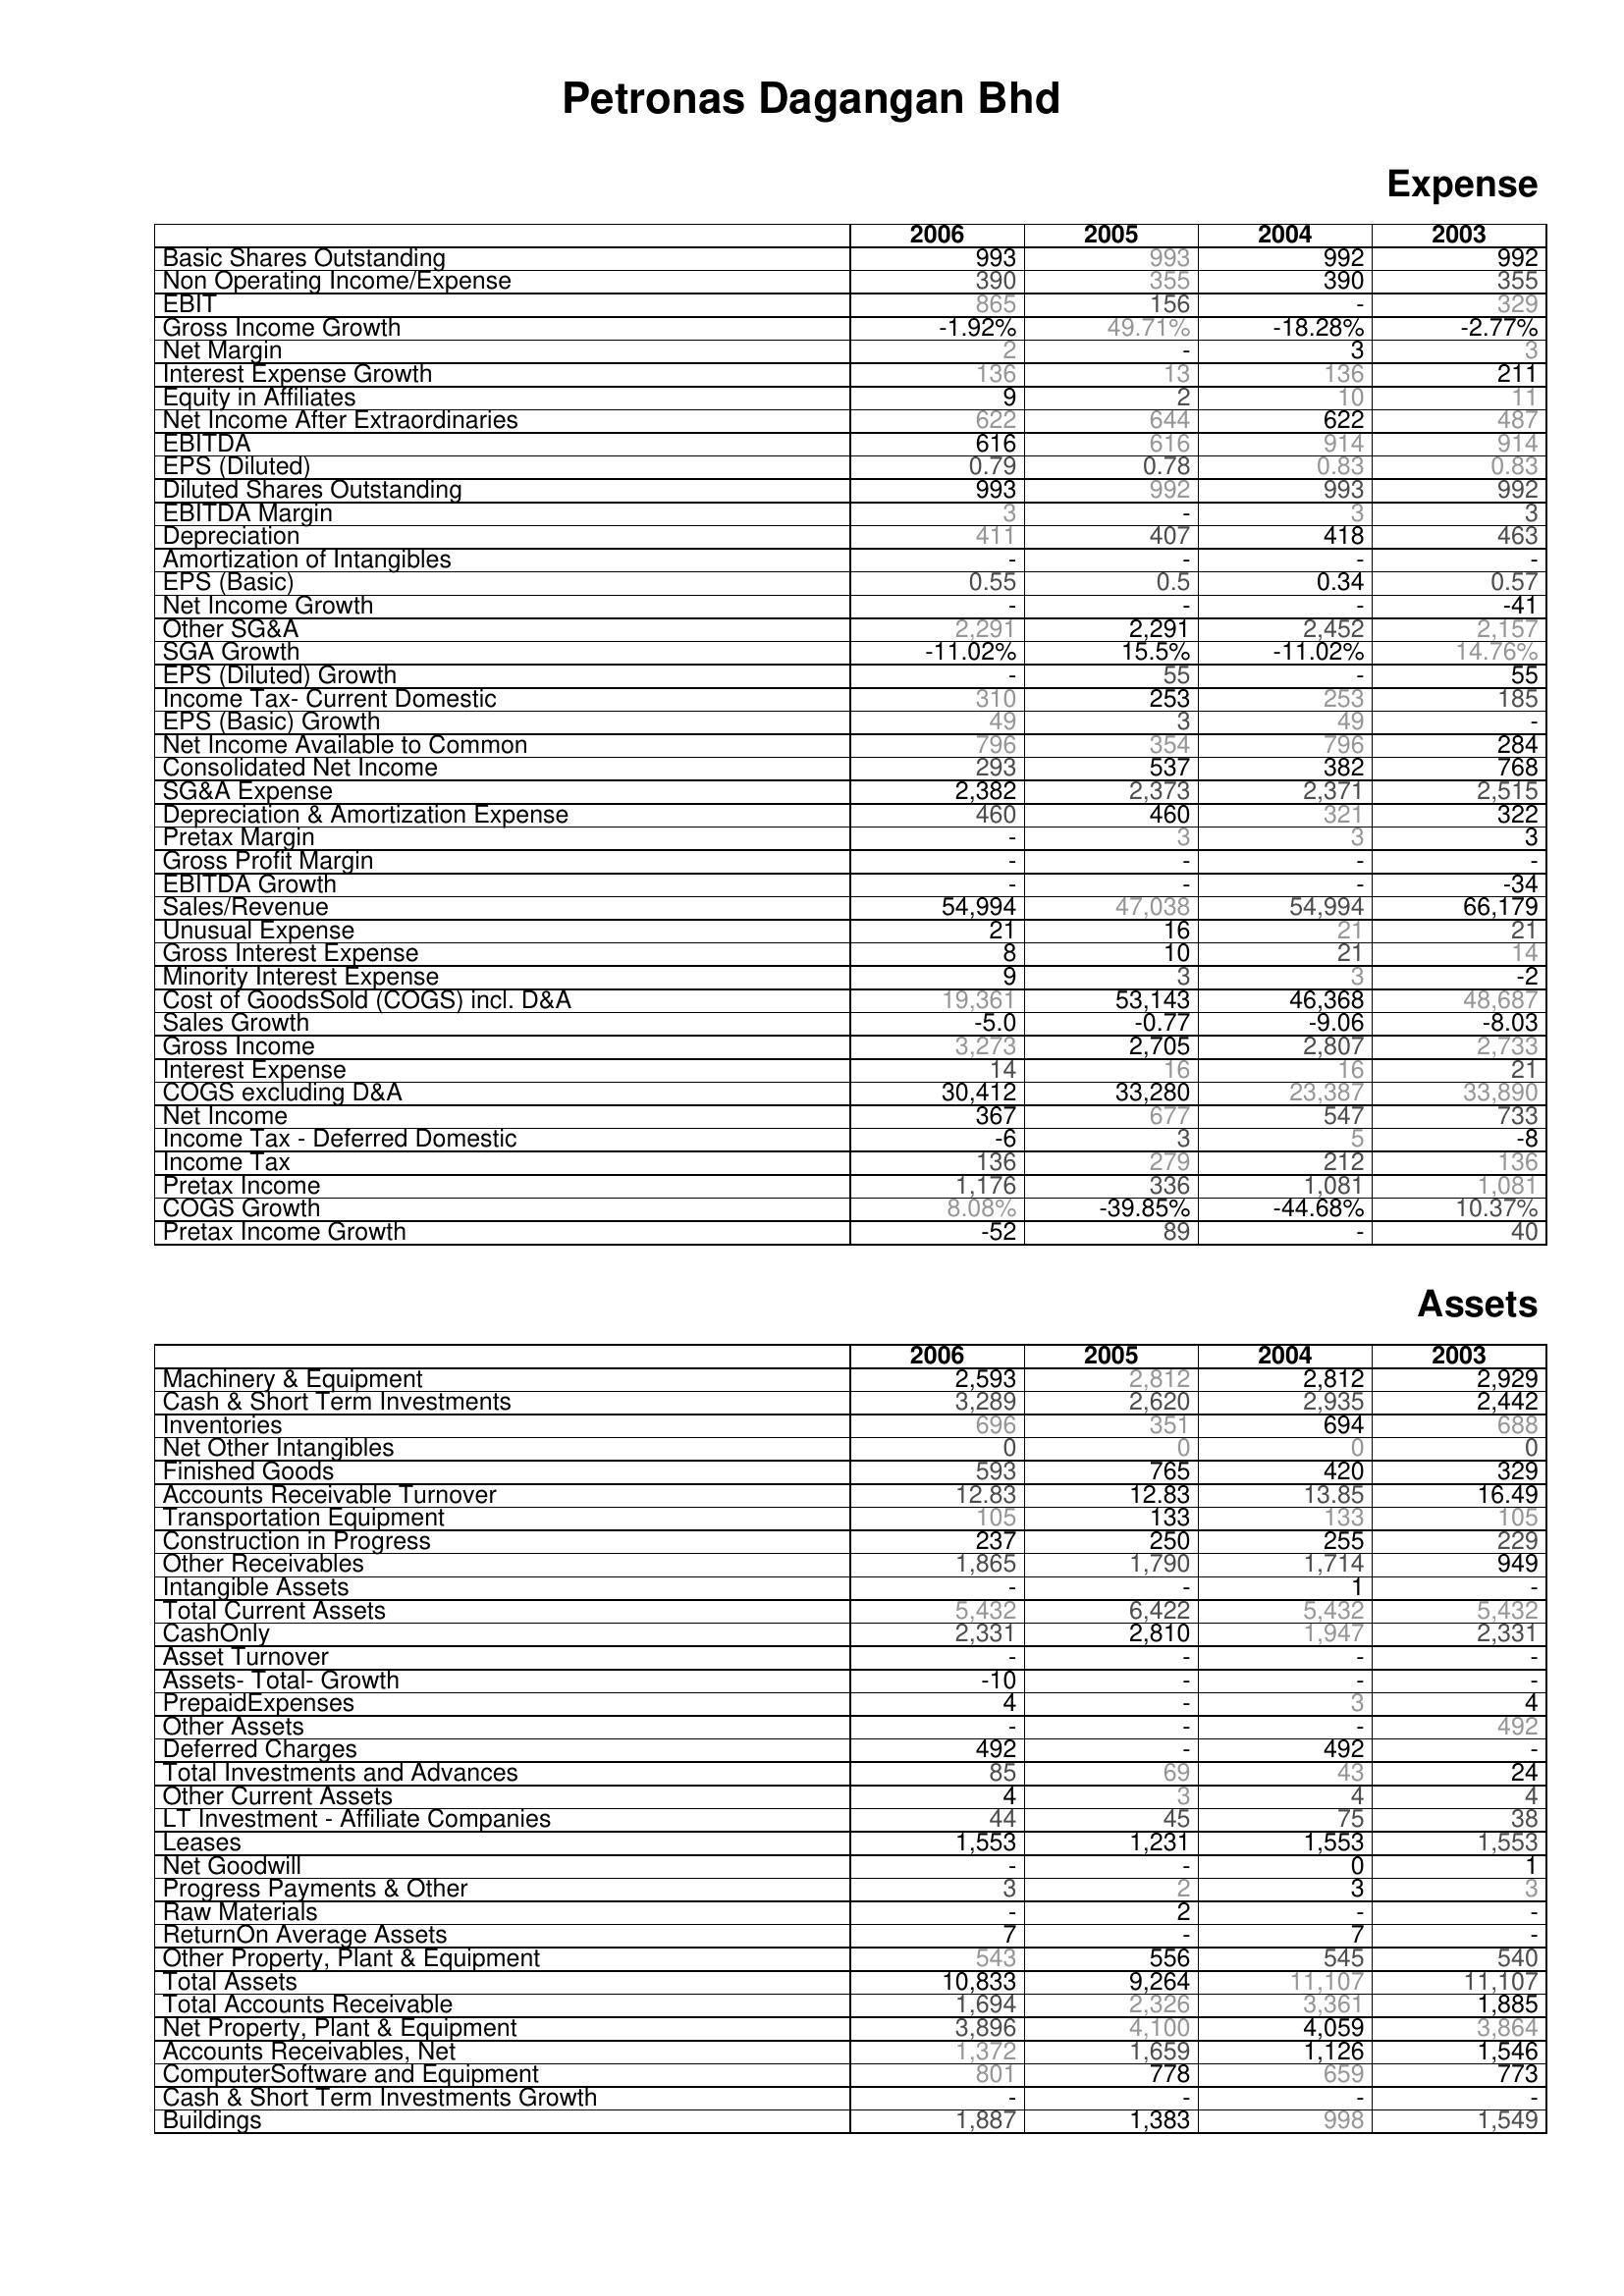
2006: Expense: Basic Shares Outstanding: 993
Non Operating Income/Expense: 390
EBIT: 865
Gross Income Growth: -1.92%
Net Margin: 2
Interest Expense Growth: 136
Equity in Affiliates: 9
Net Income After Extraordinaries: 622
EBITDA: 616
EPS (Diluted): 0.79
Diluted Shares Outstanding: 993
EBITDA Margin: 3
Depreciation: 411
Amortization of Intangibles: -
EPS (Basic): 0.55
Net Income Growth: -
Other SG&A: 2,291
SGA Growth: -11.02%
EPS (Diluted) Growth: -
Income Tax- Current Domestic: 310
EPS (Basic) Growth: 49
Net Income Available to Common: 796
Consolidated Net Income: 293
SG&A Expense: 2,382
Depreciation & Amortization Expense: 460
Pretax Margin: -
Gross Profit Margin: -
EBITDA Growth: -
Sales/Revenue: 54,994
Unusual Expense: 21
Gross Interest Expense: 8
Minority Interest Expense: 9
Cost of GoodsSold (COGS) incl. D&A: 19,361
Sales Growth: -5.0
Gross Income: 3,273
Interest Expense: 14
COGS excluding D&A: 30,412
Net Income: 367
Income Tax - Deferred Domestic: -6
Income Tax: 136
Pretax Income: 1,176
COGS Growth: 8.08%
Pretax Income Growth: -52
Assets: Machinery & Equipment: 2,593
Cash & Short Term Investments: 3,289
Inventories: 696
Net Other Intangibles: 0
Finished Goods: 593
Accounts Receivable Turnover: 12.83
Transportation Equipment: 105
Construction in Progress: 237
Other Receivables: 1,865
Intangible Assets: -
Total Current Assets: 5,432
CashOnly: 2,331
Asset Turnover: -
Assets- Total- Growth: -10
PrepaidExpenses: 4
Other Assets: -
Deferred Charges: 492
Total Investments and Advances: 85
Other Current Assets: 4
LT Investment - Affiliate Companies: 44
Leases: 1,553
Net Goodwill: -
Progress Payments & Other: 3
Raw Materials: -
ReturnOn Average Assets: 7
Other Property, Plant & Equipment: 543
Total Assets: 10,833
Total Accounts Receivable: 1,694
Net Property, Plant & Equipment: 3,896
Accounts Receivables, Net: 1,372
ComputerSoftware and Equipment: 801
Cash & Short Term Investments Growth: -
Buildings: 1,887
2005: Expense: Basic Shares Outstanding: 993
Non Operating Income/Expense: 355
EBIT: 156
Gross Income Growth: 49.71%
Net Margin: -
Interest Expense Growth: 13
Equity in Affiliates: 2
Net Income After Extraordinaries: 644
EBITDA: 616
EPS (Diluted): 0.78
Diluted Shares Outstanding: 992
EBITDA Margin: -
Depreciation: 407
Amortization of Intangibles: -
EPS (Basic): 0.5
Net Income Growth: -
Other SG&A: 2,291
SGA Growth: 15.5%
EPS (Diluted) Growth: 55
Income Tax- Current Domestic: 253
EPS (Basic) Growth: 3
Net Income Available to Common: 354
Consolidated Net Income: 537
SG&A Expense: 2,373
Depreciation & Amortization Expense: 460
Pretax Margin: 3
Gross Profit Margin: -
EBITDA Growth: -
Sales/Revenue: 47,038
Unusual Expense: 16
Gross Interest Expense: 10
Minority Interest Expense: 3
Cost of GoodsSold (COGS) incl. D&A: 53,143
Sales Growth: -0.77
Gross Income: 2,705
Interest Expense: 16
COGS excluding D&A: 33,280
Net Income: 677
Income Tax - Deferred Domestic: 3
Income Tax: 279
Pretax Income: 336
COGS Growth: -39.85%
Pretax Income Growth: 89
Assets: Machinery & Equipment: 2,812
Cash & Short Term Investments: 2,620
Inventories: 351
Net Other Intangibles: 0
Finished Goods: 765
Accounts Receivable Turnover: 12.83
Transportation Equipment: 133
Construction in Progress: 250
Other Receivables: 1,790
Intangible Assets: -
Total Current Assets: 6,422
CashOnly: 2,810
Asset Turnover: -
Assets- Total- Growth: -
PrepaidExpenses: -
Other Assets: -
Deferred Charges: -
Total Investments and Advances: 69
Other Current Assets: 3
LT Investment - Affiliate Companies: 45
Leases: 1,231
Net Goodwill: -
Progress Payments & Other: 2
Raw Materials: 2
ReturnOn Average Assets: -
Other Property, Plant & Equipment: 556
Total Assets: 9,264
Total Accounts Receivable: 2,326
Net Property, Plant & Equipment: 4,100
Accounts Receivables, Net: 1,659
ComputerSoftware and Equipment: 778
Cash & Short Term Investments Growth: -
Buildings: 1,383
2004: Expense: Basic Shares Outstanding: 992
Non Operating Income/Expense: 390
EBIT: -
Gross Income Growth: -18.28%
Net Margin: 3
Interest Expense Growth: 136
Equity in Affiliates: 10
Net Income After Extraordinaries: 622
EBITDA: 914
EPS (Diluted): 0.83
Diluted Shares Outstanding: 993
EBITDA Margin: 3
Depreciation: 418
Amortization of Intangibles: -
EPS (Basic): 0.34
Net Income Growth: -
Other SG&A: 2,452
SGA Growth: -11.02%
EPS (Diluted) Growth: -
Income Tax- Current Domestic: 253
EPS (Basic) Growth: 49
Net Income Available to Common: 796
Consolidated Net Income: 382
SG&A Expense: 2,371
Depreciation & Amortization Expense: 321
Pretax Margin: 3
Gross Profit Margin: -
EBITDA Growth: -
Sales/Revenue: 54,994
Unusual Expense: 21
Gross Interest Expense: 21
Minority Interest Expense: 3
Cost of GoodsSold (COGS) incl. D&A: 46,368
Sales Growth: -9.06
Gross Income: 2,807
Interest Expense: 16
COGS excluding D&A: 23,387
Net Income: 547
Income Tax - Deferred Domestic: 5
Income Tax: 212
Pretax Income: 1,081
COGS Growth: -44.68%
Pretax Income Growth: -
Assets: Machinery & Equipment: 2,812
Cash & Short Term Investments: 2,935
Inventories: 694
Net Other Intangibles: 0
Finished Goods: 420
Accounts Receivable Turnover: 13.85
Transportation Equipment: 133
Construction in Progress: 255
Other Receivables: 1,714
Intangible Assets: 1
Total Current Assets: 5,432
CashOnly: 1,947
Asset Turnover: -
Assets- Total- Growth: -
PrepaidExpenses: 3
Other Assets: -
Deferred Charges: 492
Total Investments and Advances: 43
Other Current Assets: 4
LT Investment - Affiliate Companies: 75
Leases: 1,553
Net Goodwill: 0
Progress Payments & Other: 3
Raw Materials: -
ReturnOn Average Assets: 7
Other Property, Plant & Equipment: 545
Total Assets: 11,107
Total Accounts Receivable: 3,361
Net Property, Plant & Equipment: 4,059
Accounts Receivables, Net: 1,126
ComputerSoftware and Equipment: 659
Cash & Short Term Investments Growth: -
Buildings: 998
2003: Expense: Basic Shares Outstanding: 992
Non Operating Income/Expense: 355
EBIT: 329
Gross Income Growth: -2.77%
Net Margin: 3
Interest Expense Growth: 211
Equity in Affiliates: 11
Net Income After Extraordinaries: 487
EBITDA: 914
EPS (Diluted): 0.83
Diluted Shares Outstanding: 992
EBITDA Margin: 3
Depreciation: 463
Amortization of Intangibles: -
EPS (Basic): 0.57
Net Income Growth: -41
Other SG&A: 2,157
SGA Growth: 14.76%
EPS (Diluted) Growth: 55
Income Tax- Current Domestic: 185
EPS (Basic) Growth: -
Net Income Available to Common: 284
Consolidated Net Income: 768
SG&A Expense: 2,515
Depreciation & Amortization Expense: 322
Pretax Margin: 3
Gross Profit Margin: -
EBITDA Growth: -34
Sales/Revenue: 66,179
Unusual Expense: 21
Gross Interest Expense: 14
Minority Interest Expense: -2
Cost of GoodsSold (COGS) incl. D&A: 48,687
Sales Growth: -8.03
Gross Income: 2,733
Interest Expense: 21
COGS excluding D&A: 33,890
Net Income: 733
Income Tax - Deferred Domestic: -8
Income Tax: 136
Pretax Income: 1,081
COGS Growth: 10.37%
Pretax Income Growth: 40
Assets: Machinery & Equipment: 2,929
Cash & Short Term Investments: 2,442
Inventories: 688
Net Other Intangibles: 0
Finished Goods: 329
Accounts Receivable Turnover: 16.49
Transportation Equipment: 105
Construction in Progress: 229
Other Receivables: 949
Intangible Assets: -
Total Current Assets: 5,432
CashOnly: 2,331
Asset Turnover: -
Assets- Total- Growth: -
PrepaidExpenses: 4
Other Assets: 492
Deferred Charges: -
Total Investments and Advances: 24
Other Current Assets: 4
LT Investment - Affiliate Companies: 38
Leases: 1,553
Net Goodwill: 1
Progress Payments & Other: 3
Raw Materials: -
ReturnOn Average Assets: -
Other Property, Plant & Equipment: 540
Total Assets: 11,107
Total Accounts Receivable: 1,885
Net Property, Plant & Equipment: 3,864
Accounts Receivables, Net: 1,546
ComputerSoftware and Equipment: 773
Cash & Short Term Investments Growth: -
Buildings: 1,549